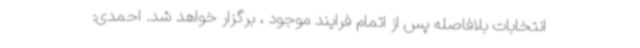
انتخابات بلافاصله پس از اتمام فرایند موجود ، برگزار خواهد شد. احمدی: